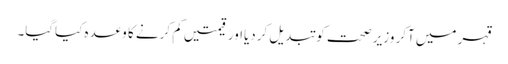
قہر میں آکر وزیر ِصحت کو تبدیل کردیااور قیمتیں کم کرنے کا وعدہ کیاگیا۔